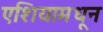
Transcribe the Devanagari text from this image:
एशियामधून